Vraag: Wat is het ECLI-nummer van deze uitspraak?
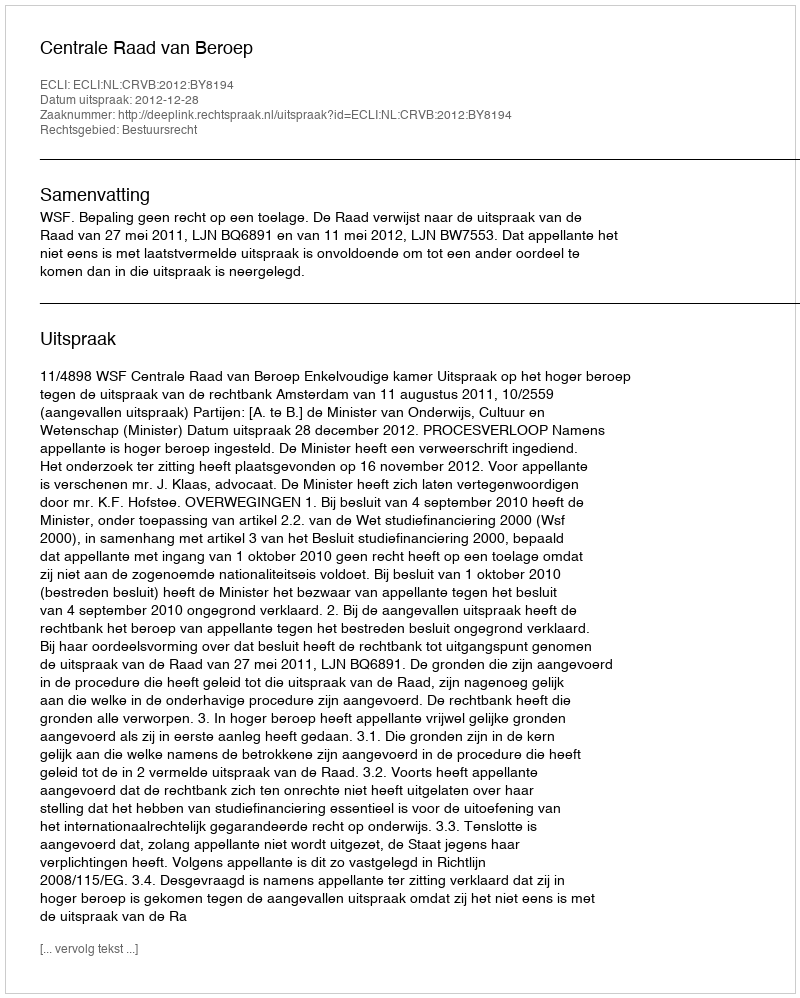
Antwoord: ECLI:NL:CRVB:2012:BY8194